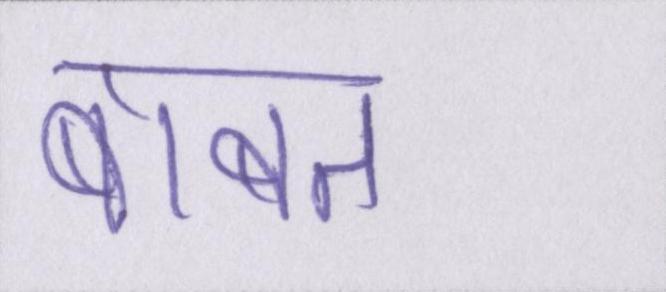
बाबत